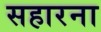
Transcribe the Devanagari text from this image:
सहारना